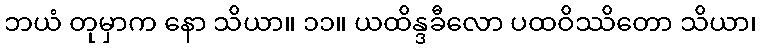
ဘယံ တုမှာက နော သိယာ။ ၁၁။ ယထိန္ဒခီလော ပထဝိဿိတော သိယာ၊